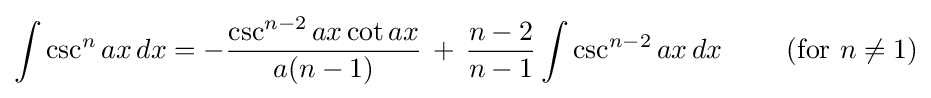
\int \csc ^{n}{ax}\,dx=-{\frac {\csc ^{n-2}{ax}\cot {ax}}{a(n-1)}}\,+\,{\frac {n-2}{n-1}}\int \csc ^{n-2}{ax}\,dx\qquad {\mbox{ (for }}n\neq 1{\mbox{)}}